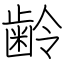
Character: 齢